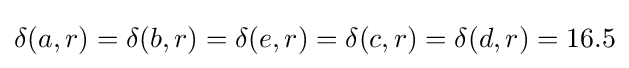
\delta (a,r)=\delta (b,r)=\delta (e,r)=\delta (c,r)=\delta (d,r)=16.5